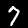
Digit: 7